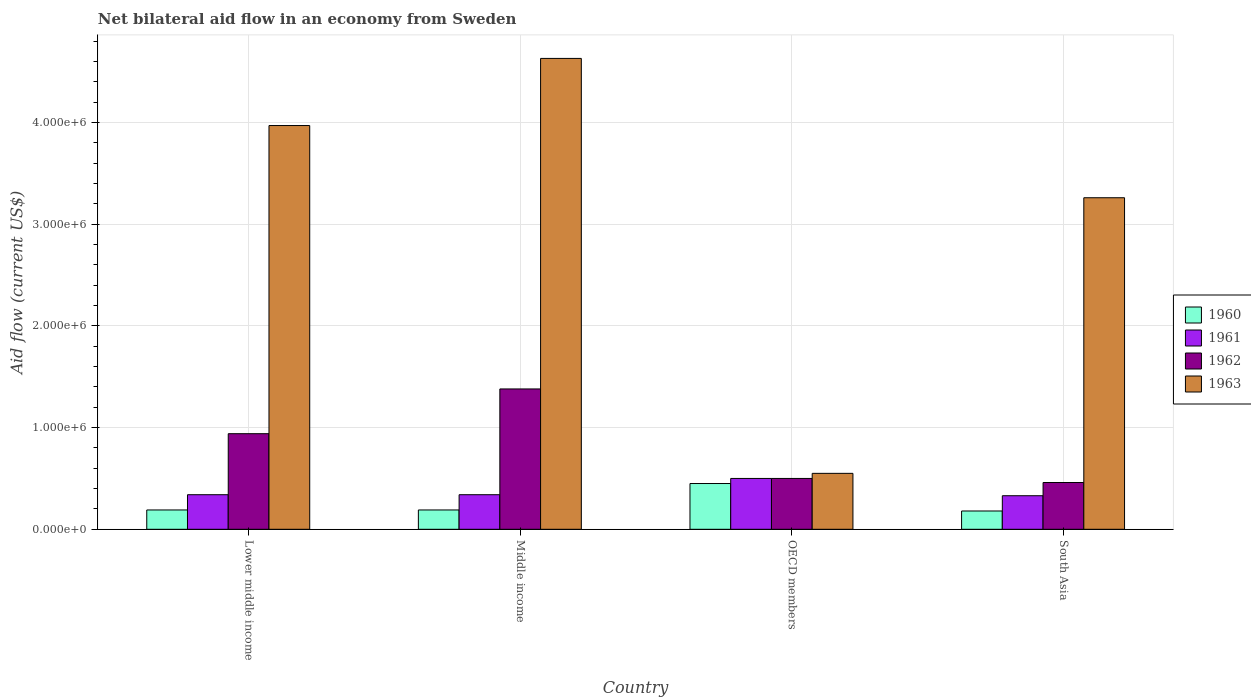
| Country | 1960 | 1961 | 1962 | 1963 |
 | --- | --- | --- | --- | --- |
 | Lower middle income | 1.9e+05 | 3.4e+05 | 9.4e+05 | 3.97e+06 |
 | Middle income | 1.9e+05 | 3.4e+05 | 1.38e+06 | 4.63e+06 |
 | OECD members | 4.5e+05 | 5e+05 | 5e+05 | 5.5e+05 |
 | South Asia | 1.8e+05 | 3.3e+05 | 4.6e+05 | 3.26e+06 |